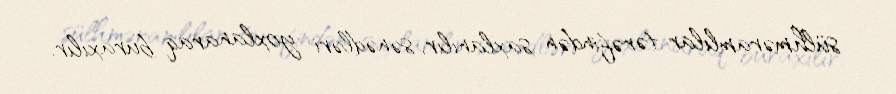
sülhməramlılar tərəfindən saxlanılır, sənədləri yoxlanaraq buraxılır.